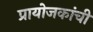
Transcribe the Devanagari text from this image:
प्रायोजकांची